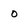
Character: o